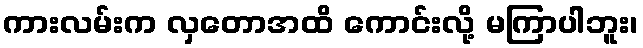
ကားလမ်းက လှတောအထိ ကောင်းလို့ မကြာပါဘူး၊